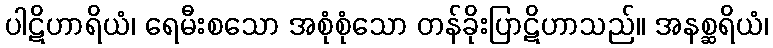
ပါဋိဟာရိယံ၊ ရေမီးစသော အစုံစုံသော တန်ခိုးပြာဋိဟာသည်။ အနစ္ဆရိယံ၊